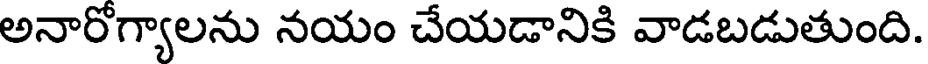
అనారోగ్యాలను నయం చేయడానికి వాడబడుతుంది.